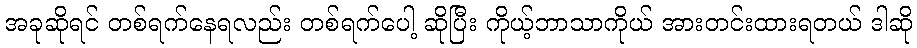
အခုဆိုရင် တစ်ရက်နေရလည်း တစ်ရက်ပေါ့ ဆိုပြီး ကိုယ့်ဘာသာကိုယ် အားတင်းထားရတယ် ဒါဆို